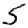
Digit: 5